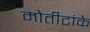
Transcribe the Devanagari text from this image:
मोतीटांके